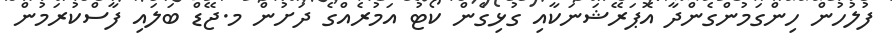
ފުލުހުން ހިންގަމުންގެންދާ އޮޕަރޭޝަނަކާއި ގުޅިގެން ކޯޓު އަމުރެއްގެ ދަށުން މ.ޖޭޑް ބަލައި ފާސްކުރަމުން